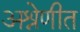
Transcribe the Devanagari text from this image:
अश्रेणीत